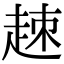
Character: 𧻕